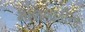
માલગાડીના